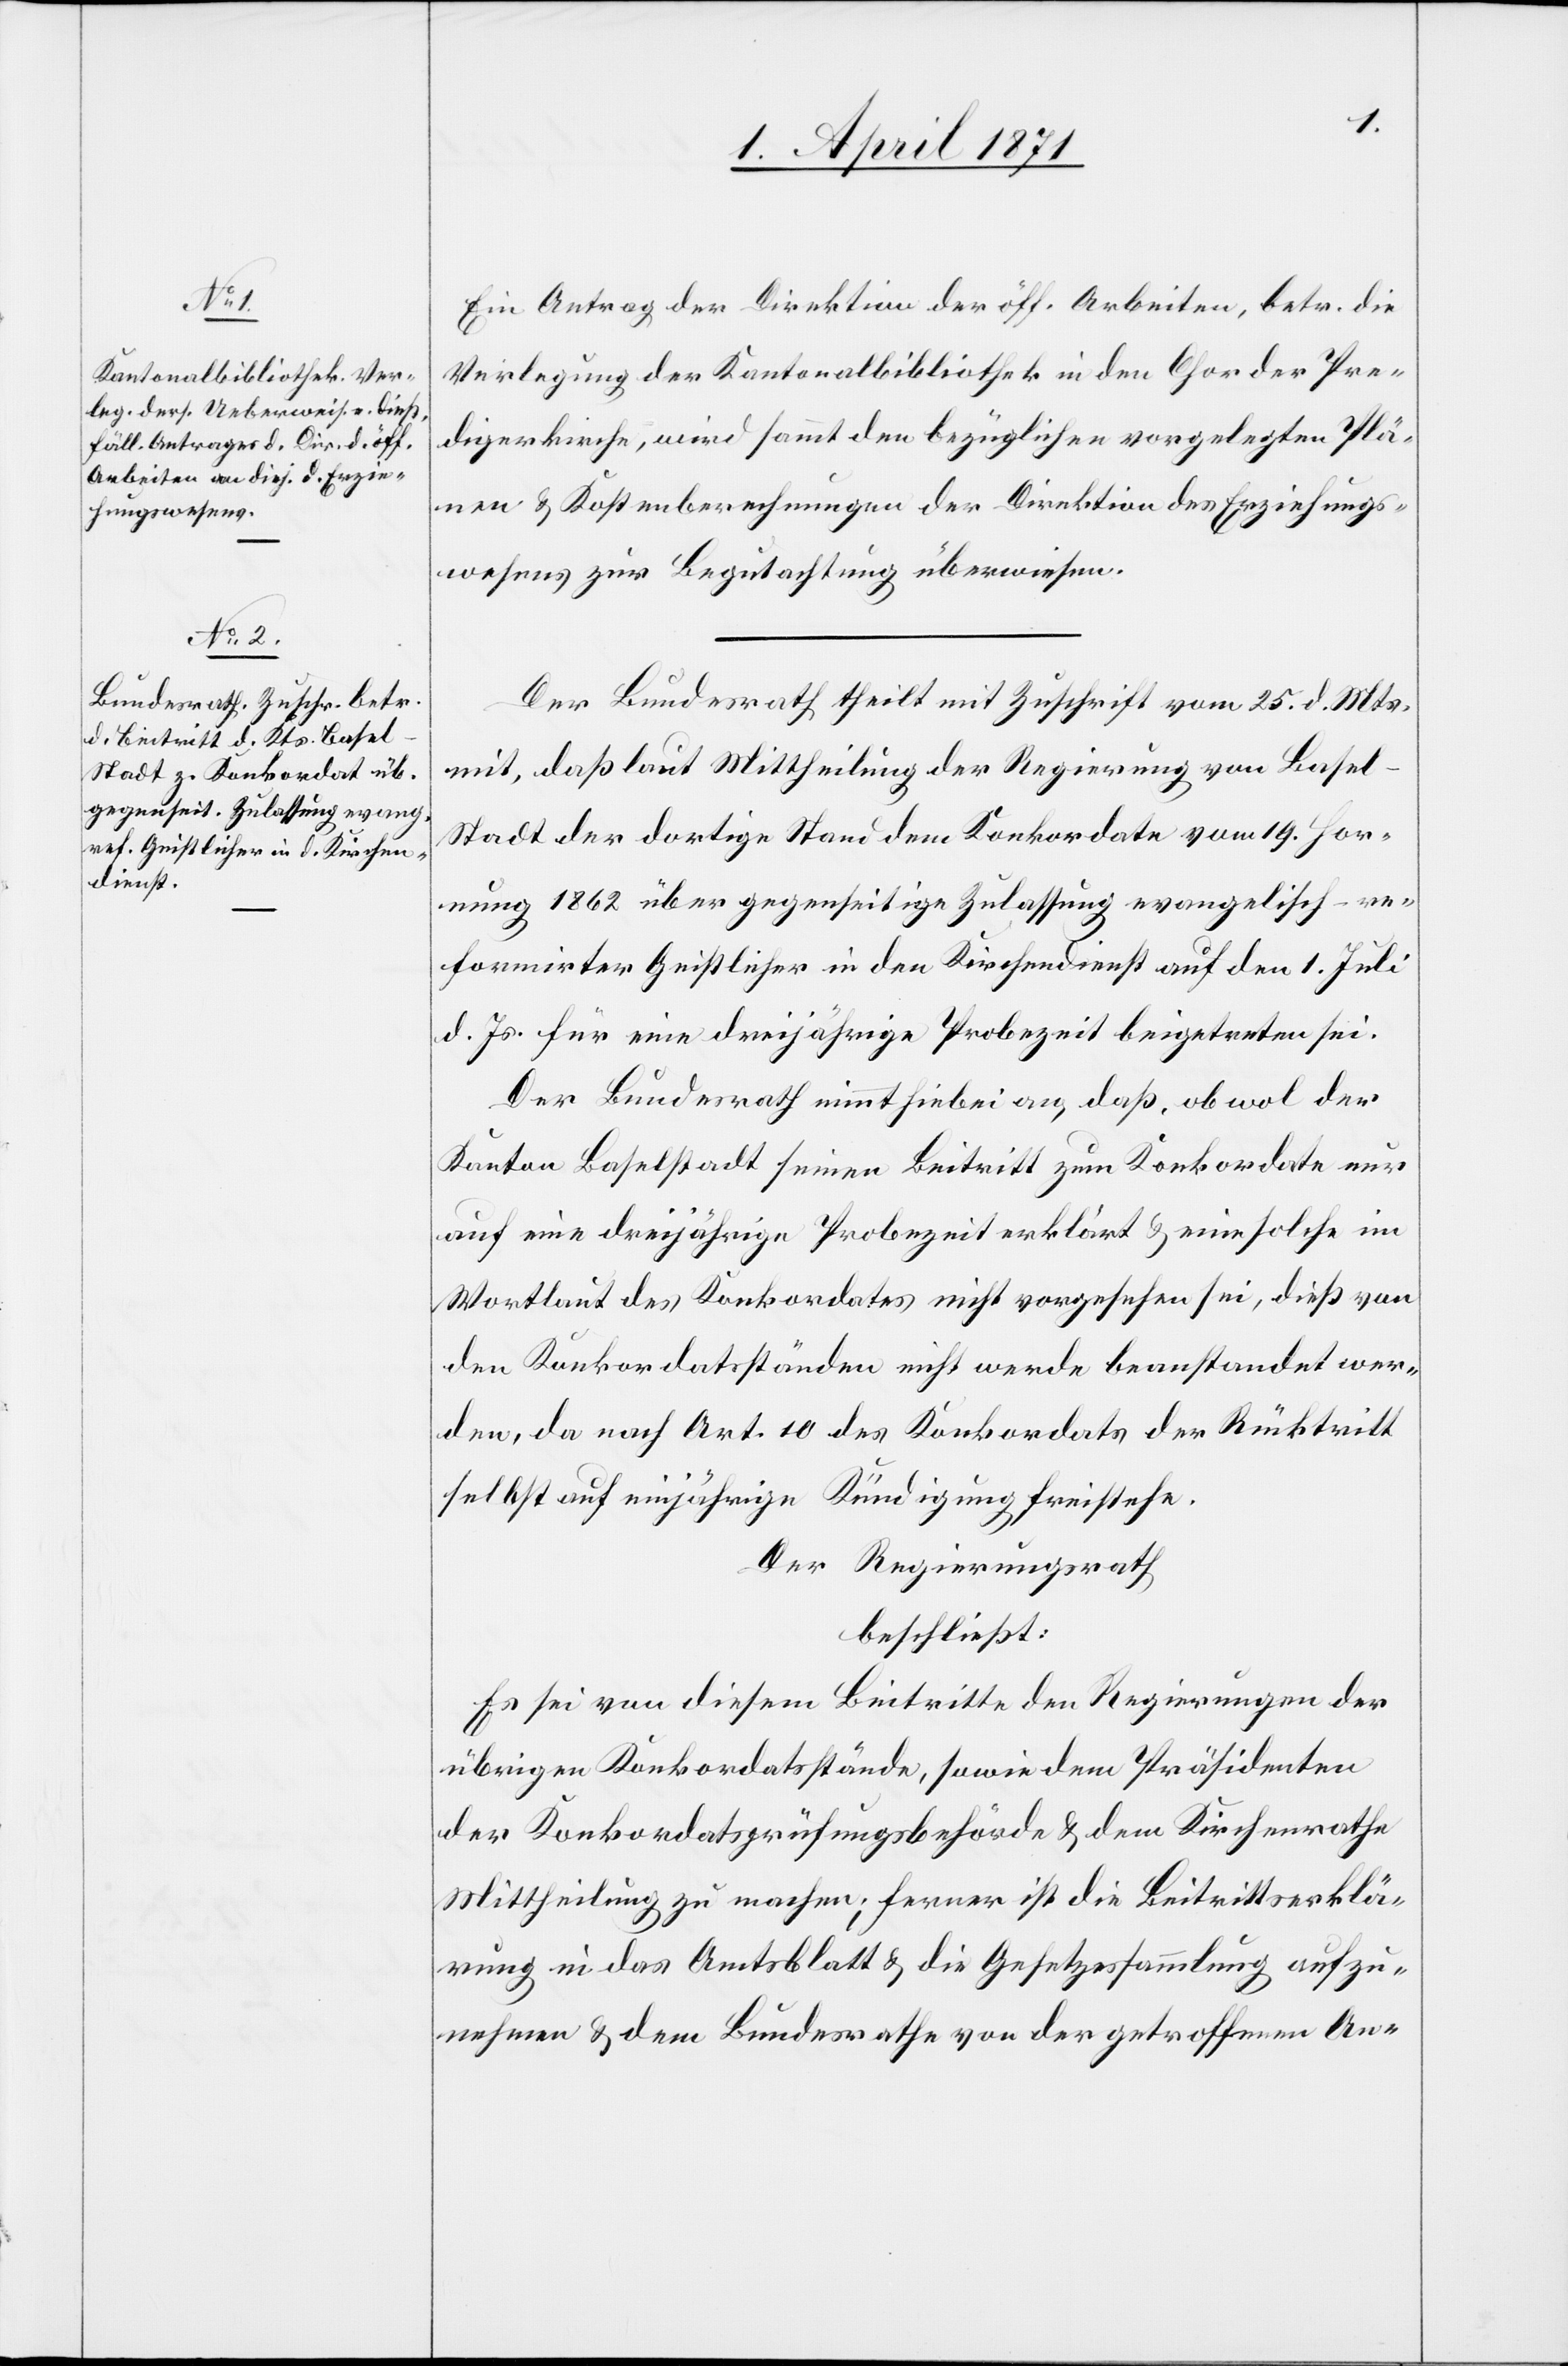
Ein Antrag der Direktion der öff. Arbeiten, betr. die
Verlegung der Kantonalbibliothek in den Chor der Pre¬
digerkirche, wird sammt den bezüglichen vorgelegten Plä¬
nen u. Kostenberechnungen der Direktion des Erziehungs¬
wesens zur Begutachtung überwiesen.
Der Bundesrath theilt mit Zuschrift vom 25. d. Mts.
mit, daß laut Mittheilung der Regierung von Basel-S¬
tadt der dortige Stand dem Konkordate vom 19. Hor¬
nung 1862 über gegenseitige Zulassung evangelisch-re¬
formirter Geistlicher in den Kirchendienst auf den 1. Juli
d. Js. für eine dreijährige Probezeit beigetreten sei.
Der Bundesrath nimmt hiebei an, daß, obwol der
Kanton Baselstadt seinen Beitritt zum Konkordate nur
auf eine dreijährige Probezeit erklärt u. eine solche im
Wortlaut des Konkordates nicht vorgesehen sei, dieß von
den Konkordatsständen nicht werde beanstandet wer¬
den, da nach Art. 10 des Konkordates der Rücktritt
selbst auf einjährige Kündigung freistehen.
Der Regierungsrath
beschließt:
Es sei von diesem Beitritte den Regierungen der
übrigen Konkordatsstände, sowie dem Präsidenten
der Konkordatsprüfungsbehörde u. dem Kirchenrathe
Mittheilung zu machen; ferner ist die Beitrittserklä¬
rung in das Amtsblatt u. die Gesetzessammlung aufzu¬
nehmen u. dem Bundesrathe von der getroffenen An-